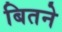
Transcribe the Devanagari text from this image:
बितने